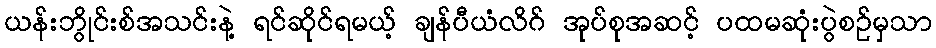
ယန်းဘွိုင်းစ်အသင်းနဲ့ ရင်ဆိုင်ရမယ့် ချန်ပီယံလိဂ် အုပ်စုအဆင့် ပထမဆုံးပွဲစဉ်မှသာ